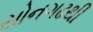
સોનગઢથી